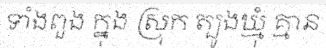
ទាំងពួង ក្នុង ស្រុក ត្បូងឃ្មុំ គ្មាន